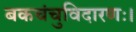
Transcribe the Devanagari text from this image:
बकचंचुविदारणः।